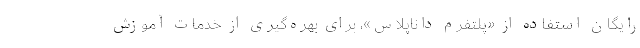
رایگان استفاده از «پلتفرم داناپلاس»، برای بهره‌گیری از خدمات آموزش